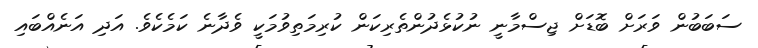
ސަބަބުން ވަރަށް ބޮޑަށް ޖިސްމާނީ ނުކުޅެދުންތެރިކަން ކުރިމަތިވުމަކީ ވެދާނެ ކަމެކެވެ. އަދި އަނެއްބައި